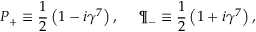
P _ { + } \equiv { \frac { 1 } { 2 } } \left( 1 - i \gamma ^ { 7 } \right) , \ \ \ \ \P _ { - } \equiv { \frac { 1 } { 2 } } \left( 1 + i \gamma ^ { 7 } \right) ,